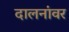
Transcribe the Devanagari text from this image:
दालनांवर